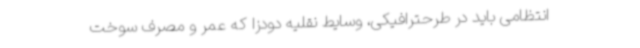
انتظامی باید در طرحترافیکی، وسایط نقلیه دودزا که عمر و مصرف سوخت